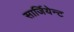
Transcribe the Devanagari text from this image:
सार्जियेन्ट